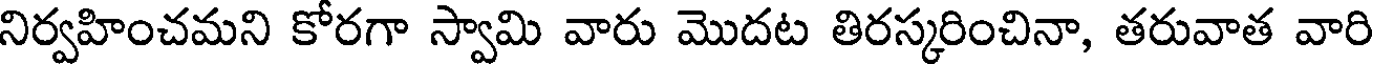
నిర్వహించమని కోరగా స్వామి వారు మొదట తిరస్కరించినా, తరువాత వారి